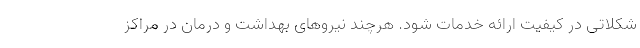
شکلاتی در کیفیت ارائه خدمات شود. هرچند نیروهای بهداشت و درمان در مراکز